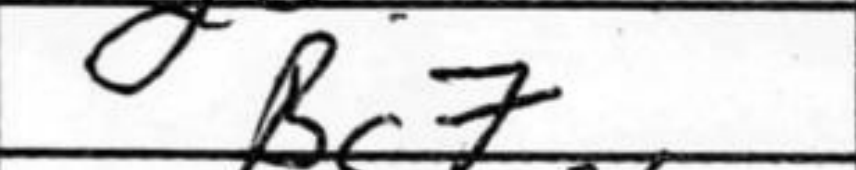
Transcription: Bg7